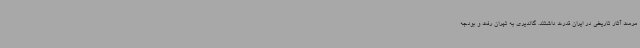
مرمت آثار تاریخی در ایران قدرت داشتند. گالدیری به تهران رفت و بودجه